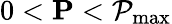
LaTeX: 0<\mathbf{P}<\mathcal{P}_{\operatorname*{max}}